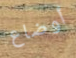
أوضاع